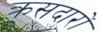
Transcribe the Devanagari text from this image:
क्रूसदारों